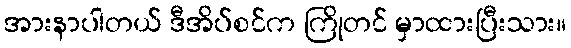
အားနာပါတယ် ဒီအိပ်စင်က ကြိုတင် မှာထားပြီးသား။